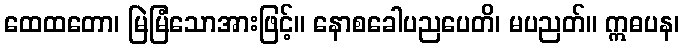
ထေထတော၊ မြဲမြံသောအားဖြင့်။ နောစခေါပညပေတိ၊ မပညတ်။ ဣဓပန၊